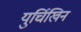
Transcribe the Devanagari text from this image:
युर्चिखिन